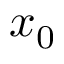
x _ { 0 }